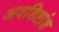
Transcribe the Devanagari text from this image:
अवशिष्टांश